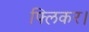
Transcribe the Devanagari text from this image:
फ्लिकर।